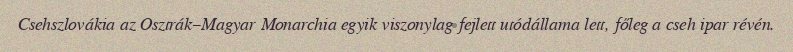
Csehszlovákia az Osztrák–Magyar Monarchia egyik viszonylag fejlett utódállama lett, főleg a cseh ipar révén.